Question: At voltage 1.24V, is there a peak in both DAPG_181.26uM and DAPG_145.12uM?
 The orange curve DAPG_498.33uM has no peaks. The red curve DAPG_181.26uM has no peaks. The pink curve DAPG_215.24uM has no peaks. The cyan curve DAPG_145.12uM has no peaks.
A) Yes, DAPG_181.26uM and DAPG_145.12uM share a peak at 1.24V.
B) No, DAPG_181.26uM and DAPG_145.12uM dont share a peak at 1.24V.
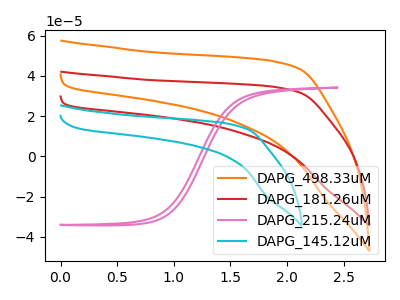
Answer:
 <answer>B) No, "DAPG_181.26uM" and "DAPG_145.12uM" dont share a peak at 1.24V.</answer>
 <eval>B</eval>